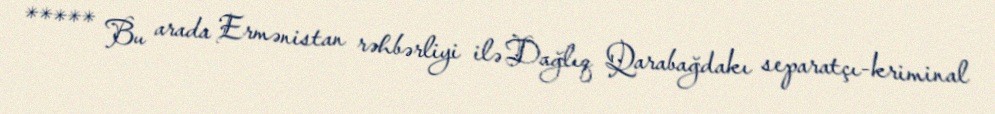
***** Bu arada Ermənistan rəhbərliyi ilə Dağlıq Qarabağdakı separatçı-kriminal